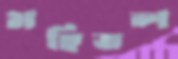
মহিতল